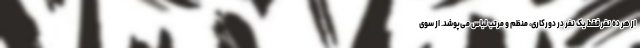
از هر ده نفر فقط یک نفر در دورکاری، منظم و مرتب لباس می‌پوشد. از سوی